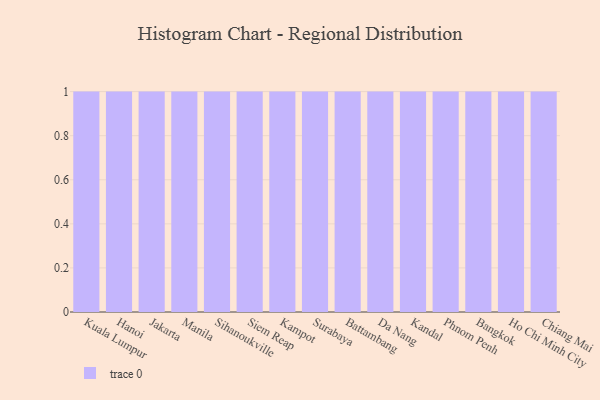
{"axis": {"x": "City", "y": "Tickets Resolved"}, "legend": [""], "data": [{"x": "Kuala Lumpur", "y": 2, "type": ""}, {"x": "Hanoi", "y": 35, "type": ""}, {"x": "Jakarta", "y": 44, "type": ""}, {"x": "Manila", "y": 68, "type": ""}, {"x": "Sihanoukville", "y": 58, "type": ""}, {"x": "Siem Reap", "y": 54, "type": ""}, {"x": "Kampot", "y": 84, "type": ""}, {"x": "Surabaya", "y": 66, "type": ""}, {"x": "Battambang", "y": 23, "type": ""}, {"x": "Da Nang", "y": 29, "type": ""}, {"x": "Kandal", "y": 58, "type": ""}, {"x": "Phnom Penh", "y": 2, "type": ""}, {"x": "Bangkok", "y": 98, "type": ""}, {"x": "Ho Chi Minh City", "y": 65, "type": ""}, {"x": "Chiang Mai", "y": 14, "type": ""}]}